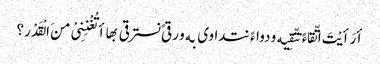
أرَأیْتَ اتّقاءً نتّقِیه و دواءً نتداوی به و رقیً نسترقی بها أتُغْنِنِیْ منَ الْقَدْر؟